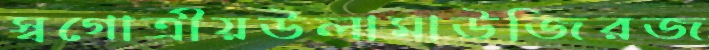
স্বগোত্রীয়উলামাউজিরজ